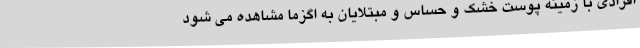
افرادی با زمینه پوست خشک و حساس و مبتلایان به اگزما مشاهده می شود